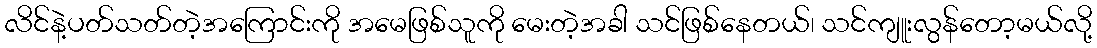
လိင်နဲ့ပတ်သတ်တဲ့အကြောင်းကို အမေဖြစ်သူကို မေးတဲ့အခါ သင်ဖြစ်နေတယ်၊ သင်ကျူးလွန်တော့မယ်လို့